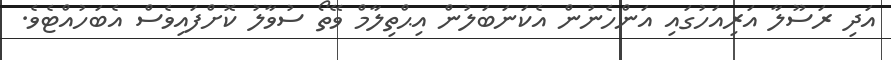
އަދި ރަސޫލާ އަރިއަހުގައި އަންހެނުން އެކަނަބަލުން އިޙްތިލާމް ވޭތޯ ސުވާލު ކޮށްފައިވެސް އެބަހުއްޓެވެ.